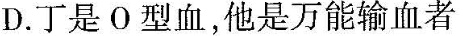
D.丁是О型血，他是万能输血者